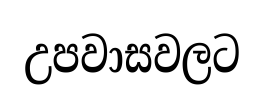
උපවාසවලට